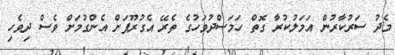
މެދު ސަރުކާރުން އަމަލުކުރާ ގޮތް ހަމަސްދުވަހުގެ ތެރޭ އެގުރޫޕަށް އެންގުމަށް ވެސް ދިވެހި